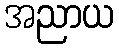
အညာယ